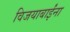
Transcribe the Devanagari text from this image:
विजयाबाईंना